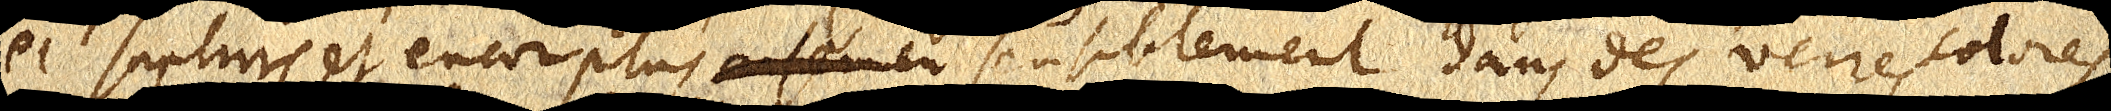
et saphirs et encor plus _ sensiblement dans des verres colorés.